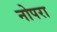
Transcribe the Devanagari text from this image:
नोपरा